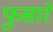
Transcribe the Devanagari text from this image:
फुसारे